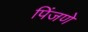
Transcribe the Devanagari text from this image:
पिंजणे